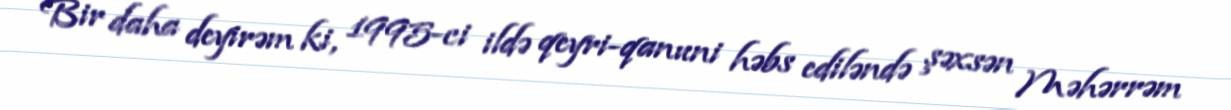
Bir daha deyirəm ki, 1995-ci ildə qeyri-qanuni həbs ediləndə şəxsən Məhərrəm